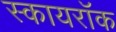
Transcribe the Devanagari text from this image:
स्कायरॉक